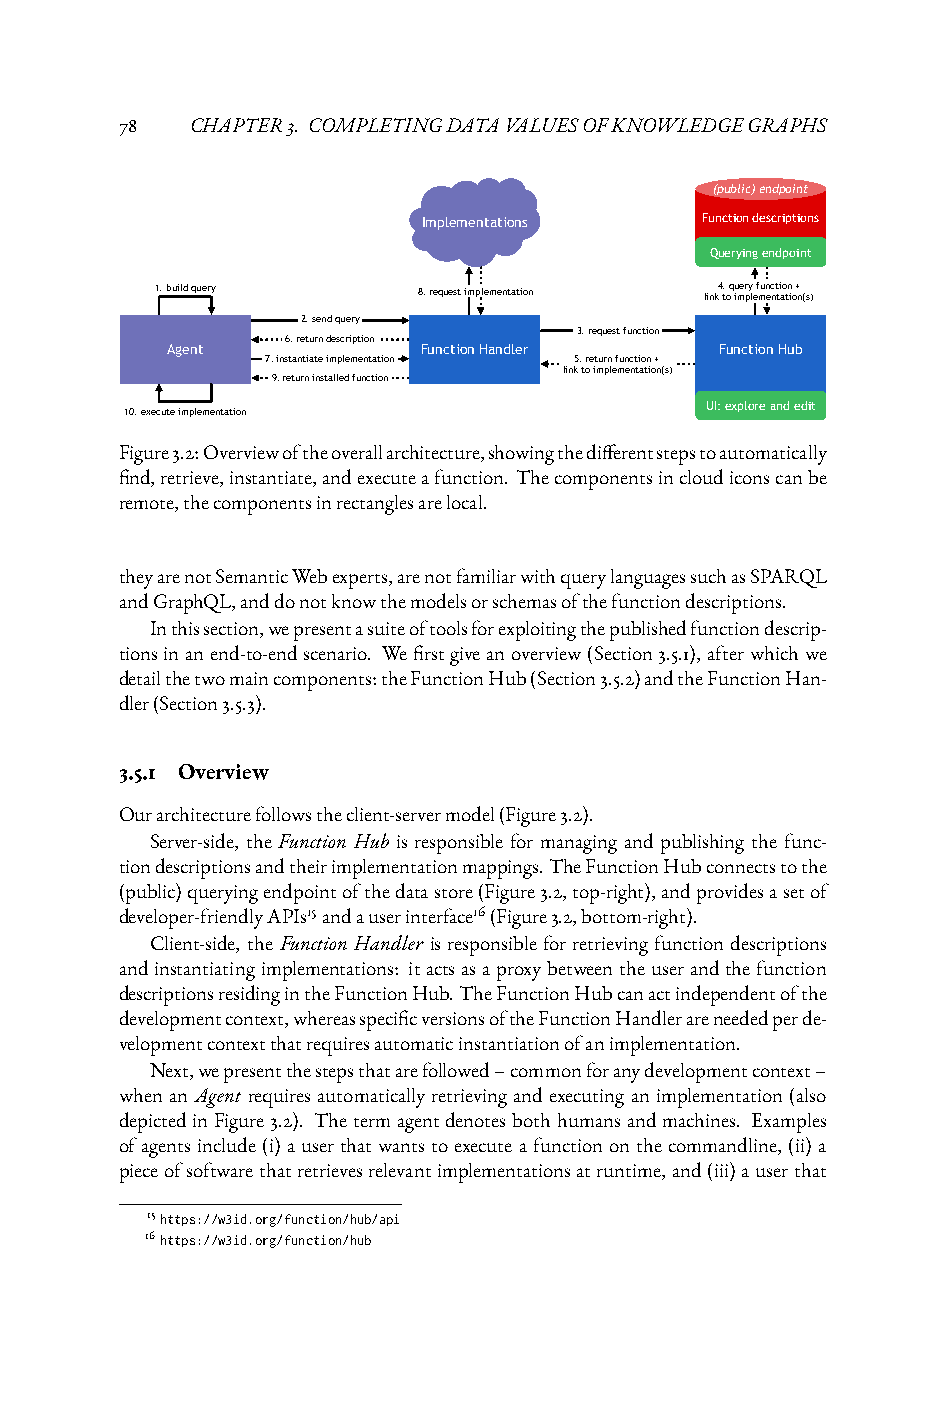
78   CHAPTER3. COMPLETINGDATAVALUESOFKNOWLEDGEGRAPHS
 (public) endpoint
 Implementations    Function descriptions
 Querying endpoint
 1. build query    8. request implementation link4 t. oq u imer py le f mun ec nt ti ao tn i o+ n (s)
 2. send query
 3. request function
 6. return description
 Agent            Function Handler    Function Hub
 7. instantiate implementation 5. return function +
 link to implementation(s)
 9. return installed function
 UI: explore and edit
 10. execute implementation
 Figure3.2:Overviewoftheoverallarchitecture,showingthedifferentstepstoautomatically
 find,retrieve,instantiate,andexecuteafunction. Thecomponentsincloudiconscanbe
 remote,thecomponentsinrectanglesarelocal.
 theyarenotSemanticWebexperts,arenotfamiliarwithquerylanguagessuchasSPARQL
 andGraphQL,anddonotknowthemodelsorschemasofthefunctiondescriptions.
 Inthissection,wepresentasuiteoftoolsforexploitingthepublishedfunctiondescrip-
 tionsinanend-to-endscenario. Wefirstgiveanoverview(Section3.5.1), afterwhichwe
 detailthetwomaincomponents:theFunctionHub(Section3.5.2)andtheFunctionHan-
 dler(Section3.5.3).
 3.5.1 Overview
 Ourarchitecturefollowstheclient-servermodel(Figure3.2).
 Server-side, the Function Hub is responsible for managing and publishing the func-
 tiondescriptionsandtheirimplementationmappings.TheFunctionHubconnectstothe
 (public)queryingendpointofthedatastore(Figure3.2,top-right),andprovidesasetof
 developer-friendlyAPIs15andauserinterface16(Figure3.2,bottom-right).
 Client-side, the Function Handler is responsible for retrieving function descriptions
 andinstantiatingimplementations: itactsasaproxybetweentheuserandthefunction
 descriptionsresidingintheFunctionHub.TheFunctionHubcanactindependentofthe
 developmentcontext,whereasspecificversionsoftheFunctionHandlerareneededperde-
 velopmentcontextthatrequiresautomaticinstantiationofanimplementation.
 Next,wepresentthestepsthatarefollowed–commonforanydevelopmentcontext–
 whenanAgent requiresautomaticallyretrievingandexecutinganimplementation(also
 depictedinFigure3.2). Thetermagentdenotesbothhumansandmachines. Examples
 ofagentsinclude(i)auserthatwantstoexecuteafunctiononthecommandline, (ii)a
 pieceofsoftwarethatretrievesrelevantimplementationsatruntime,and(iii)auserthat
 15https://w3id.org/function/hub/api
 16https://w3id.org/function/hub